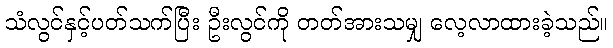
သံလွင်နှင့်ပတ်သက်ပြီး ဦးလွင်ကို တတ်အားသမျှ လေ့လာထားခဲ့သည်။